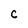
Character: c